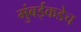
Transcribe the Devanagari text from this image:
मुंबईकडेच